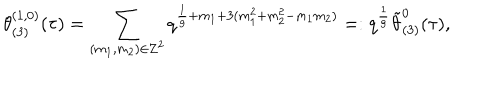
\theta _ { ( 3 ) } ^ { ( 1 , 0 ) } ( \tau ) = \sum _ { ( m _ { 1 } , m _ { 2 } ) \in { \bf Z } ^ { 2 } } q ^ { \frac { 1 } { 9 } + m _ { 1 } + 3 ( m _ { 1 } ^ { 2 } + m _ { 2 } ^ { 2 } - m _ { 1 } m _ { 2 } ) } = : q ^ { \frac { 1 } { 9 } } { \tilde { \theta } _ { ( 3 ) } ^ { 0 } } ( \tau ) ,